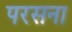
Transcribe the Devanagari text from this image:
परसना